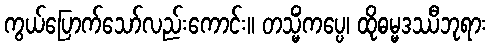
ကွယ်ပြောက်သော်လည်းကောင်း။ တသ္မိံကပ္ပေ၊ ထိုဓမ္မဒဿီဘုရား